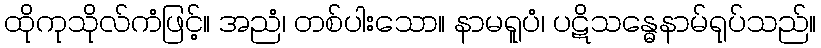
ထိုကုသိုလ်ကံဖြင့်။ အညံ၊ တစ်ပါးသော။ နာမရူပံ၊ ပဋိသန္ဓေနာမ်ရုပ်သည်။